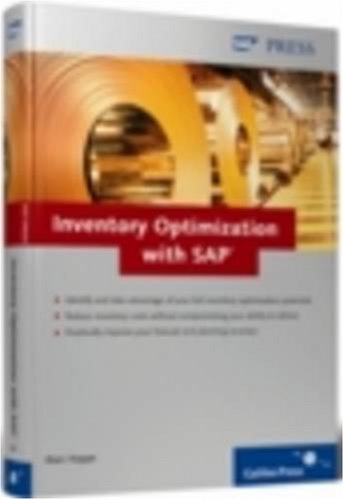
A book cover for Inventory Optimization with SAP; Marc Hoppe; Computers & Technology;